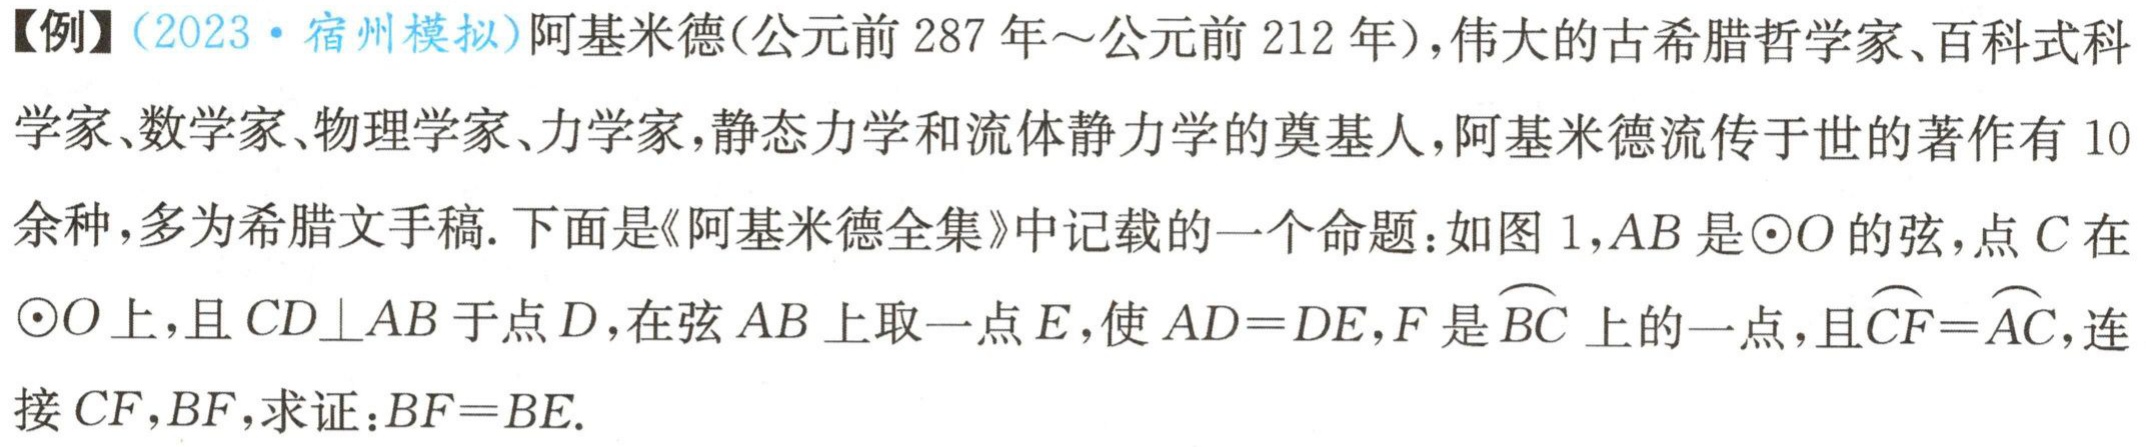
【例】（2023·宿州模拟）阿基米德(公元前 287 年～公元前 212 年)，伟大的古希腊哲学家、百科式科学家、数学家、物理学家、力学家，静态力学和流体静力学的奠基人，阿基米德流传于世的著作有 10 余种，多为希腊文手稿. 下面是《阿基米德全集》中记载的一个命题：如图 1，\(AB\)是\(\odot O\)的弦，点\(C\)在\(\odot O\)上，且\(CD\perp AB\)于点\(D\)，在弦\(AB\)上取一点\(E\)，使\(AD = DE\)，\(F\)是\(\overset{\frown}{BC}\)上的一点，且\(\overset{\frown}{CF}=\overset{\frown}{AC}\)，连接\(CF\)，\(BF\)，求证：\(BF = BE\).